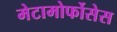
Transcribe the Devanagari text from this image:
मेटामोर्फोसेस